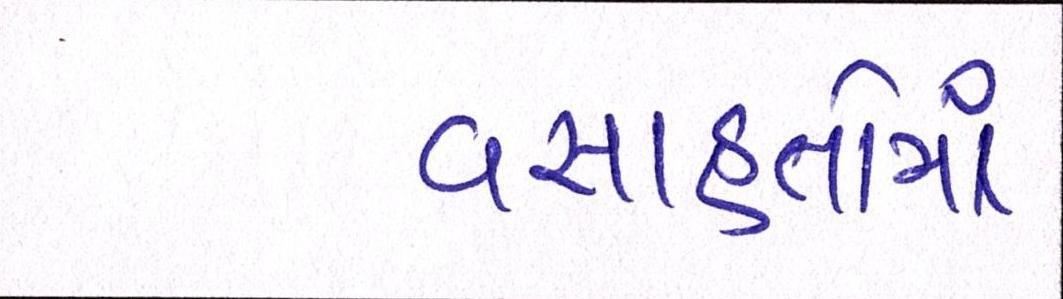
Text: વસાહતોમાં